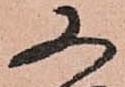
又